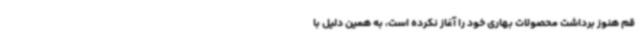
قم هنوز برداشت محصولات بهاری خود را آغاز نکرده است، به همین دلیل با